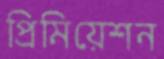
প্রিমিয়েশন